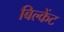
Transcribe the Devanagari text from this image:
बिल्केंट